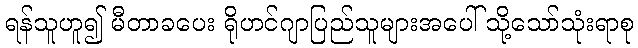
ရန်သူဟူ၍ မီတာခပေး ရိုဟင်ဂျာပြည်သူများအပေါ် သို့သော်သုံးရာစု